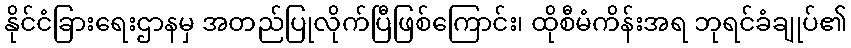
နိုင်ငံခြားရေးဌာနမှ အတည်ပြုလိုက်ပြီဖြစ်ကြောင်း၊ ထိုစီမံကိန်းအရ ဘုရင်ခံချုပ်၏